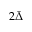
2 \bar { \Delta }